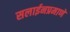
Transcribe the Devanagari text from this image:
सलाईनप्रमाणे